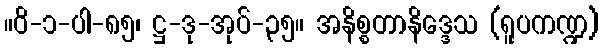
။ဝိ-၁-ပါ-၈၅၊ ဋ္ဌ-ဒု-အုပ်-၃၅။ အနိစ္စတာနိဒ္ဒေသ (ရူပကဏ္ဍ)